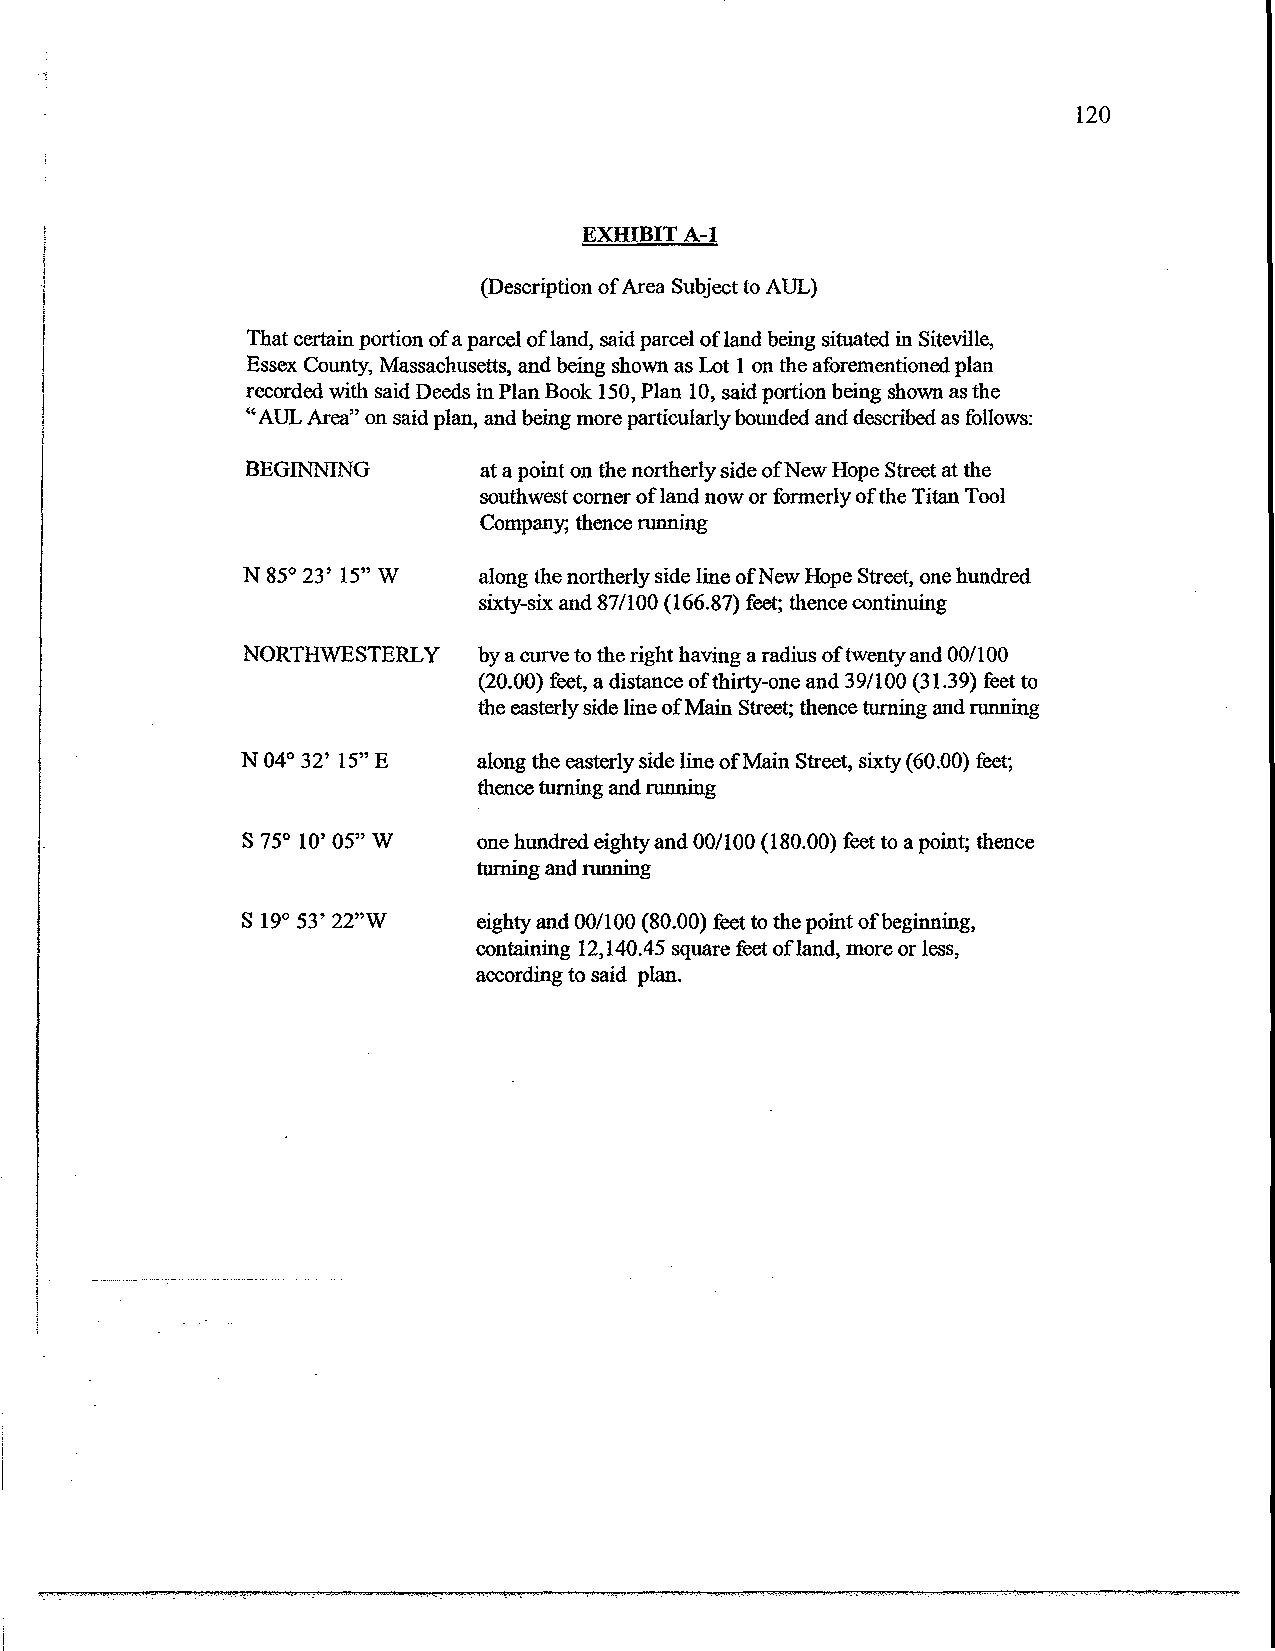
120
 EXHIBIT A-1
 (Description of Area Subject to AUL)
 That certain portion of a parcel of land, said parcel of land being situated in Siteville,
 Essex County, Massachusetts, and being shown as Lot 1 on the aforementioned plan
 recorded with said Deeds in Plan Book 150, Plan 10, said portion being shown as the
 "AUL Area" on said plan, and being more particularly bounded and described as follows:
 BEGINNING       at a point on the northerly side of New Hope Street at the
 southwest corner of land now or formerly of the Titan Tool
 Company, thence running
 N 85° 23' 15" W along the northerly side line of New Hope Street, one hundred
 sixty-six and 87/100 (166.87) feet; thence continuing
 NORTHWESTERLY by a curve to the right having a radius of twenty and 00/100
 (20.00) feet, a distance of thirty-one and 39/100 (31.39) feet to
 the easterly side line of Main Street; thence turning and running
 N 04° 32' 15" E along the easterly side line of Main Street, sixty (60.00) feet;
 thence turning and running
 S 75° 10' 05" W one hundred eighty and 00/100 (180.00) feet to a point; thence
 turning and running
 S 19° 53' 22"W  eighty and 00/100 (80.00) feet to the point of beginning,
 containing 12,140.45 square feet of land, more or less,
 according to said plan.